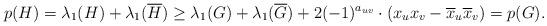
LaTeX: \begin{align*}p(H) = \lambda_1(H) + \lambda_1(\overline{H}) \geq \lambda_1(G) + \lambda_1(\overline{G}) + 2 (-1)^{a_{uv}} \cdot (x_ux_v - \overline{x}_u\overline{x}_v) = p(G).\end{align*}